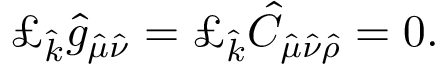
\pounds _ { \hat { k } } \hat { g } _ { \hat { \mu } \hat { \nu } } = \pounds _ { \hat { k } } \hat { C } _ { \hat { \mu } \hat { \nu } \hat { \rho } } = 0 .